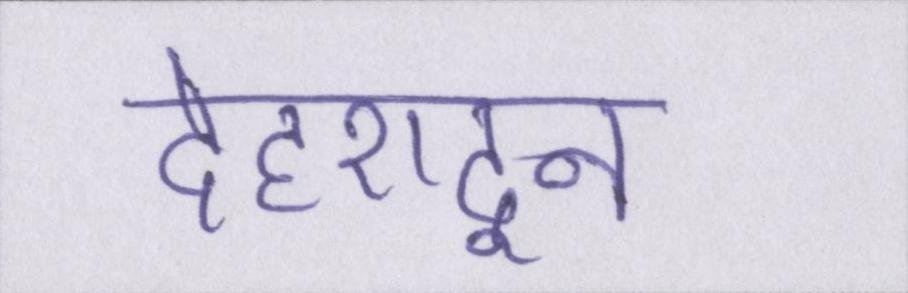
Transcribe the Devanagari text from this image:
देहरादून